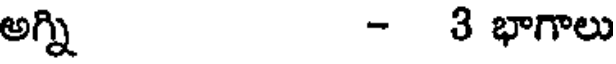
అగ్ని - 3 భాగాలు